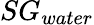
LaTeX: SG_{water}